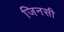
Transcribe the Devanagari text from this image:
जिनसी